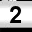
Digit: 2